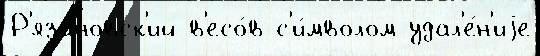
Р'язановск'ий в'есо́в с'и́мволом удал'е́н'иjе